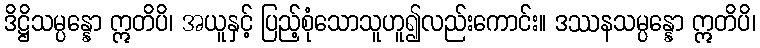
ဒိဋ္ဌိသမ္ပန္နော ဣတိပိ၊ အယူနှင့် ပြည့်စုံသောသူဟူ၍လည်းကောင်း။ ဒဿနသမ္ပန္နော ဣတိပိ၊